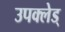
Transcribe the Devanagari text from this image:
उपक्लेड्